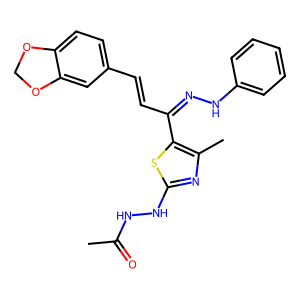
SMILES: CC(=O)NNc1nc(C)c(C(C=Cc2ccc3c(c2)OCO3)=NNc2ccccc2)s1
Inhibits HIV replication: No